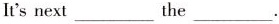
It's next___the___.